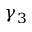
\gamma _ { 3 }